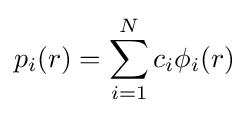
p_{i}(r)=\sum _{i=1}^{N}c_{i}\phi _{i}(r)